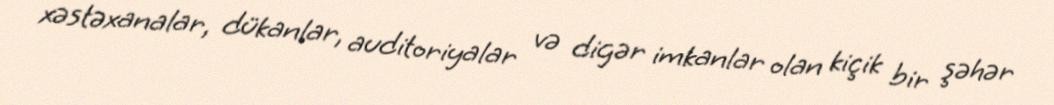
xəstəxanalar, dükanlar, auditoriyalar və digər imkanlar olan kiçik bir şəhər